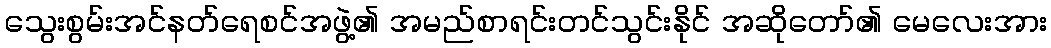
သွေးစွမ်းအင်နတ်ရေစင်အဖွဲ့၏ အမည်စာရင်းတင်သွင်းနိုင် အဆိုတော်၏ မေလေးအား